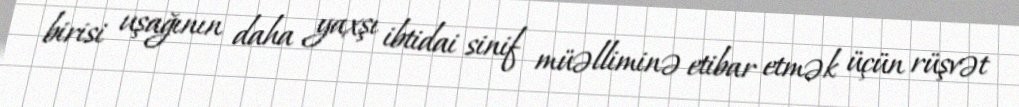
birisi uşağının daha yaxşı ibtidai sinif müəlliminə etibar etmək üçün rüşvət